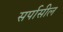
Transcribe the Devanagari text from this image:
सर्पासील